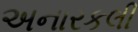
અનારકલી